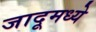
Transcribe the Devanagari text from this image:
जादूमध्ये